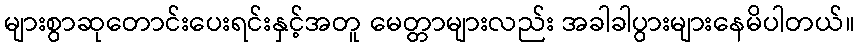
များစွာဆုတောင်းပေးရင်းနှင့်အတူ မေတ္တာများလည်း အခါခါပွားများနေမိပါတယ်။